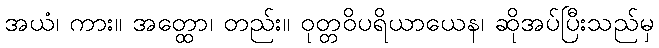
အယံ၊ ကား။ အတ္ထော၊ တည်း။ ဝုတ္တဝိပရိယာယေန၊ ဆိုအပ်ပြီးသည်မှ